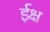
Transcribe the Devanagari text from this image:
ईक्ष